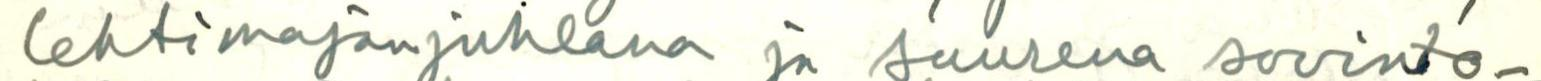
lehtimajanjuhlana ja suurena sovinto-